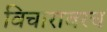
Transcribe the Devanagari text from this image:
विचारावरच